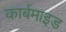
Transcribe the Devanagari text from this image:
कार्बमाइड